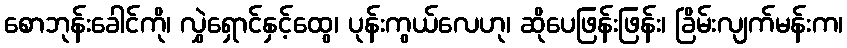
စောဘုန်းခေါင်ကို၊ လွှဲရှောင်နှင့်ထွေ၊ ပုန်းကွယ်လေဟု၊ ဆိုပေဖြန်းဖြန်း၊ ခြိမ်းလျက်မန်းက၊